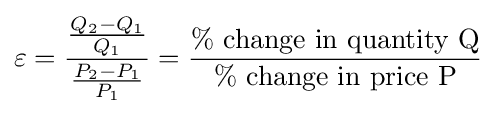
\varepsilon ={\frac {\frac {Q_{2}-Q_{1}}{Q_{1}}}{\frac {P_{2}-P_{1}}{P_{1}}}}={\frac {\%\ {\mbox{change in quantity Q}}}{\%\ {\mbox{change in price P}}}}